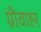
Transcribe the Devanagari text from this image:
ग्रीवाहर